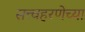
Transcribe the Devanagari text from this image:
सत्त्वहरणेच्या